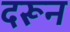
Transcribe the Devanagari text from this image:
दरून